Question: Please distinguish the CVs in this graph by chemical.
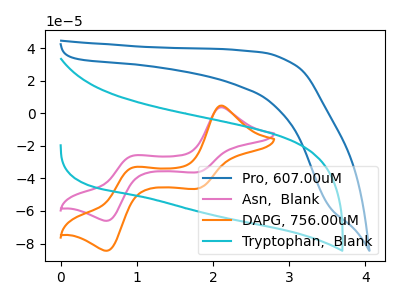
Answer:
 <answer>The blue curve is labeled "Pro, 607.00uM". The pink curve is labeled "Asn,  Blank". The orange curve is labeled "DAPG, 756.00uM". The cyan curve is labeled "Tryptophan,  Blank".</answer>
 <eval></eval>